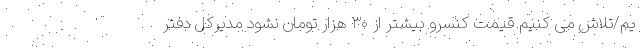
یم/تلاش می کنیم قیمت کنسرو بیشتر از ۳۰ هزار تومان نشود مدیرکل دفتر